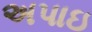
અપાઇ